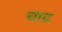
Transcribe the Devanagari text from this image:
चाद्र